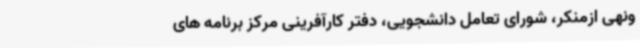
ونهی ازمنکر، شورای تعامل دانشجویی، دفتر کارآفرینی مرکز برنامه های